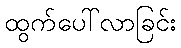
ထွက်ပေါ်လာခြင်း